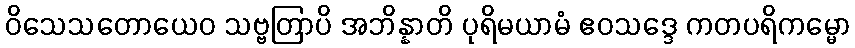
ဝိသေသတောယေဝ သဗ္ဗတြာပိ အဘိန္နာတိ ပုရိမယာမံ ဧဝသဒ္ဒေ ကတပရိကမ္မော